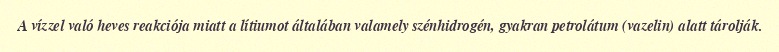
A vízzel való heves reakciója miatt a lítiumot általában valamely szénhidrogén, gyakran petrolátum (vazelin) alatt tárolják.